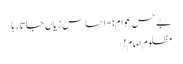
بے حس عوام:-احساس زِیاں جاتا رہا
مظلوم اِمام!